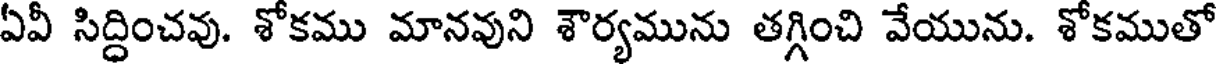
ఏవీ సిద్ధించవు. శోకము మానవుని శౌర్యమును తగ్గించి వేయును. శోకముతో